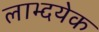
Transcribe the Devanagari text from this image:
लाभ्दयेक